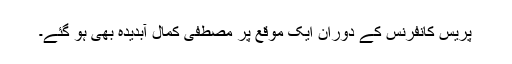
پریس کانفرنس کے دوران ایک موقع پر مصطفیٰ کمال آبدیدہ بھی ہو گئے۔